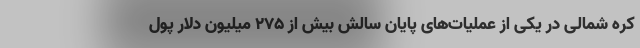
کره شمالی در یکی از عملیات‌های پایان سالش بیش از 275 میلیون دلار پول